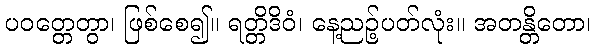
ပဝတ္တေတွာ၊ ဖြစ်စေ၍။ ရတ္တိဒိဝံ၊ နေ့ညဉ့်ပတ်လုံး။ အတန္တိတော၊